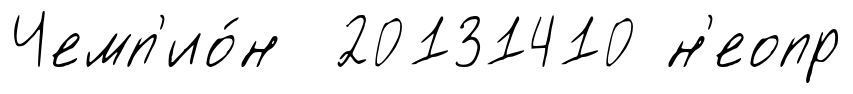
Чемп'ио́н 20131410 н'еопр